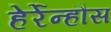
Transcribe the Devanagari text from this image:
हेर्रेन्हौस